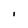
Character: I